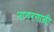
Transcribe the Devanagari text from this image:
नागरगाळी